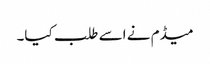
میڈم نے اسے طلب کیا۔